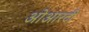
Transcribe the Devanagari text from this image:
ओआरटी